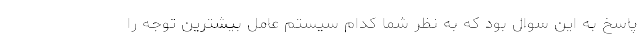
پاسخ به این سوال بود که به نظر شما کدام سیستم عامل بیشترین توجه را